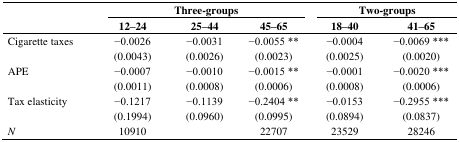
| <ROWSPAN=2>  | <COLSPAN=3> Three-groups | <COLSPAN=2> Two-groups |
 | 12–24 | 25–44 | 45–65 | 18–40 | 41–65 |
 | --- | --- | --- | --- | --- | --- |
 | Cigarette taxes | −0.0026 (0.0043) | −0.0031 (0.0026) | −0.0055 ** (0.0023) | −0.0004 (0.0025) | −0.0069 *** (0.0020) |
 | APE | −0.0007 (0.0011) | −0.0010 (0.0008) | −0.0015 ** (0.0006) | −0.0001 (0.0008) | −0.0020 *** (0.0006) |
 | Tax elasticity | −0.1217 (0.1994) | −0.1139 (0.0960) | −0.2404 ** (0.0995) | −0.0153 (0.0894) | −0.2955 *** (0.0837) |
 | N | 10910 |  | 22707 | 23529 | 28246 |